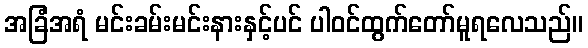
အခြံအရံ မင်းခမ်းမင်းနားနှင့်ပင် ပါဝင်ထွက်တော်မူရလေသည်။